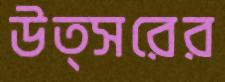
উত্সরের